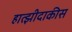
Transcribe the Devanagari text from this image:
हात्झीदाकीस